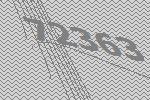
72363